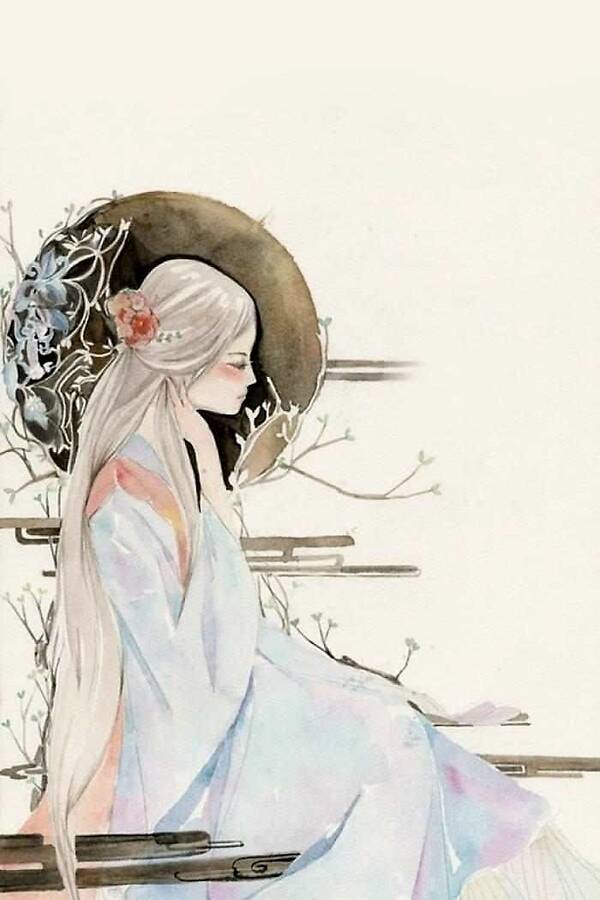
镜水夜来秋月，如雪。